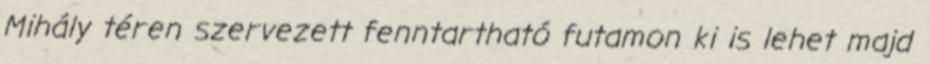
Mihály téren szervezett fenntartható futamon ki is lehet majd